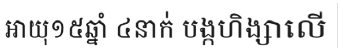
អាយុ១៥ឆ្នាំ ៤នាក់ បង្កហិង្សាលើ